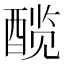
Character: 𬪯